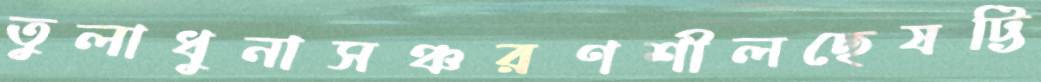
তুলাধুনাসঞ্চরণশীলছেষট্টি